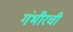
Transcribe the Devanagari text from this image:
गंभीरची